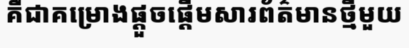
គឺជាគម្រោងផ្តួចផ្តើមសារព័ត៌មានថ្មីមួយ